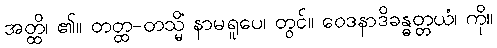
အတ္ထိ၊ ၏။ တတ္ထ-တသ္မိံ နာမရူပေ၊ တွင်။ ဝေဒနာဒိခန္ဓတ္တယံ၊ ကို။